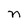
Character: n